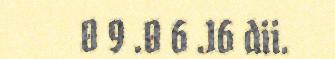
0 9 .0 6 .16 dii.